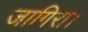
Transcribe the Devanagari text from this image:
जागिरा।